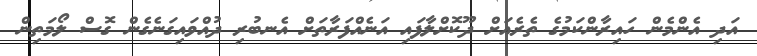
އަދި އެންމެން ހައިރާންކަމުގެ ތެރެއަށް ދޫކޮށްލާފައި އަނެއްފަރާތަށް އެނބުރި ދުއްވައިގަނެގެން ގޮސް ލޯމަތިން